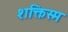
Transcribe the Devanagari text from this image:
शक्तिस्म